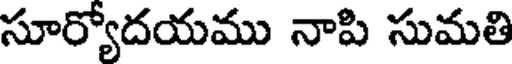
సూర్యోదయము నాపి సుమతి